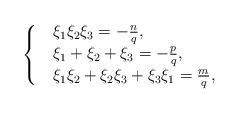
LaTeX: \begin{align*}\left\{ \begin{array}{r@{\;\;}l}&\xi_{1}\xi_{2}\xi_{3}=-\frac{n}{q},\\& \xi_{1}+\xi_{2}+\xi_{3}=-\frac{p}{q},\\ &\xi_{1}\xi_{2}+\xi_{2}\xi_{3}+\xi_{3}\xi_{1}=\frac{m}{q},\\ \end{array} \right. \end{align*}